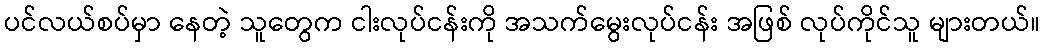
ပင်လယ်စပ်မှာ နေတဲ့ သူတွေက ငါးလုပ်ငန်းကို အသက်မွေးလုပ်ငန်း အဖြစ် လုပ်ကိုင်သူ များတယ်။